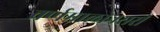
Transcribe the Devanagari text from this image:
वर्णमालानसरी